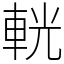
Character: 輄